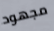
مجهود